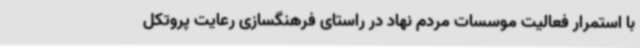
با استمرار فعالیت موسسات مردم نهاد در راستای فرهنگسازی رعایت پروتکل